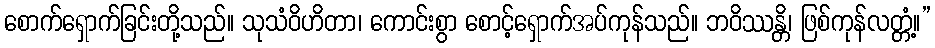
စောက်ရှောက်ခြင်းတို့သည်။ သုသံဝိဟိတာ၊ ကောင်းစွာ စောင့်ရှောက်အပ်ကုန်သည်။ ဘဝိဿန္တိ၊ ဖြစ်ကုန်လတ္တံ့။”